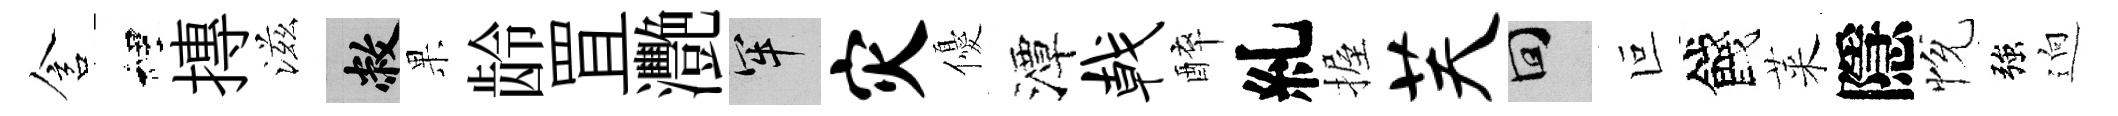
含裡摶滋敝果龄罝灧牢灾優潭戟醉糺握芙回叵餞萊隱恱強逈